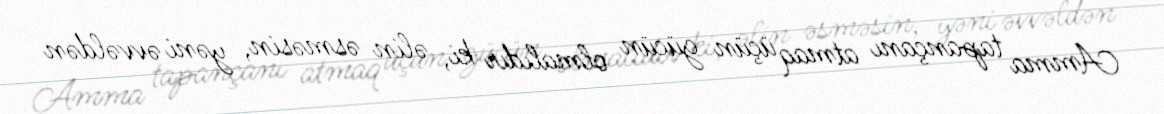
Amma tapançanı atmaq üçün gücün olmalıdır ki, əlin əsməsin, yəni əvvəldən